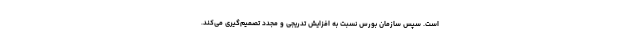
است. سپس سازمان بورس نسبت به افزایش تدریجی و مجدد تصمیم‌گیری می‌کند.